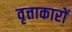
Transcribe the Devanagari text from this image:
वृत्ताकारों